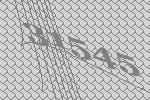
31545